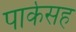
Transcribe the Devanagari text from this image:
पार्कसह